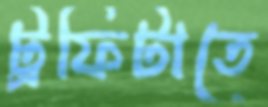
ট্রফিটাতে